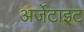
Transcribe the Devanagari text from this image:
अर्जेटाइट